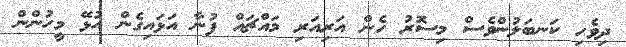
ދިވެހި ކަނބަލުންވެސް މިސޮރު ހެން އަރިއަރި މައްޗައް ފުނާ އަޅައިގެން އުޅޭ މީހުންން